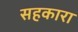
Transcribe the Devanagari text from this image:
सहकारा